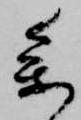
参